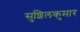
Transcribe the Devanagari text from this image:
सुशिलकुमार